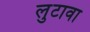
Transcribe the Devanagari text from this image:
लुटावा